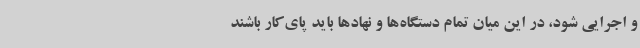
و اجرایی شود، در این میان تمام دستگاه‌ها و نهادها باید پای‌کار باشند